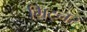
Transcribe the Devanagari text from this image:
मिट्नर